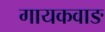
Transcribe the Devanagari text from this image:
गायकवाङ